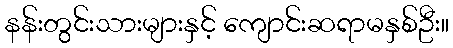
နန်းတွင်းသားများနှင့် ကျောင်းဆရာမနှစ်ဦး။